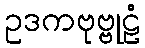
ဥဒကဗုဗ္ဗုဠံ